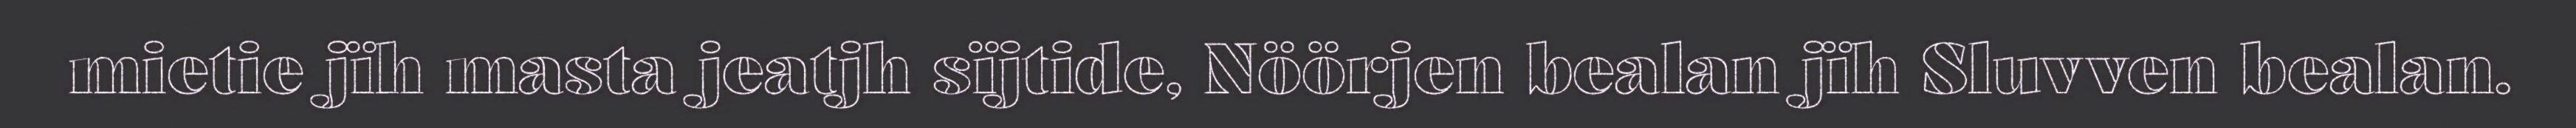
mietie jïh masta jeatjh sïjtide, Nöörjen bealan jïh Sluvven bealan.